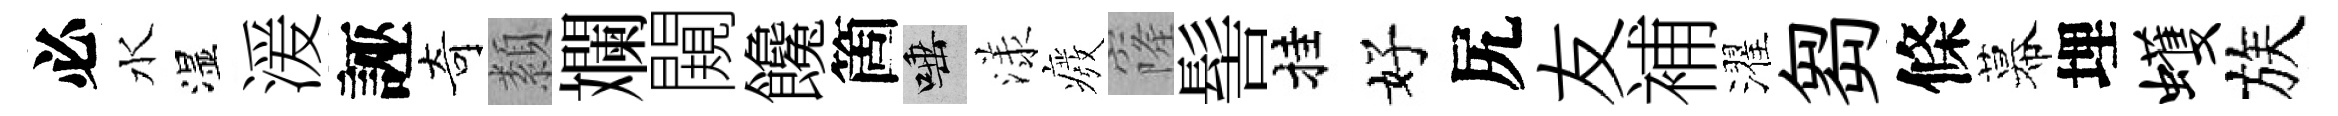
必水湿湲誣奇纇斕闚饞箇唾漾癈窿髻挂好尻友補濯芻條幕埋蠖族